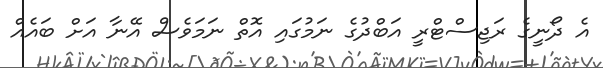
އެ ދޯނީގެ ރަޖިސްޓްރީ އަބްދުގެ ނަމުގައި އޮތް ނަމަވެސް އޭނާ އަށް ބައެއް